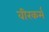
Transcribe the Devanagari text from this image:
वीरकर्म